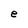
Character: e